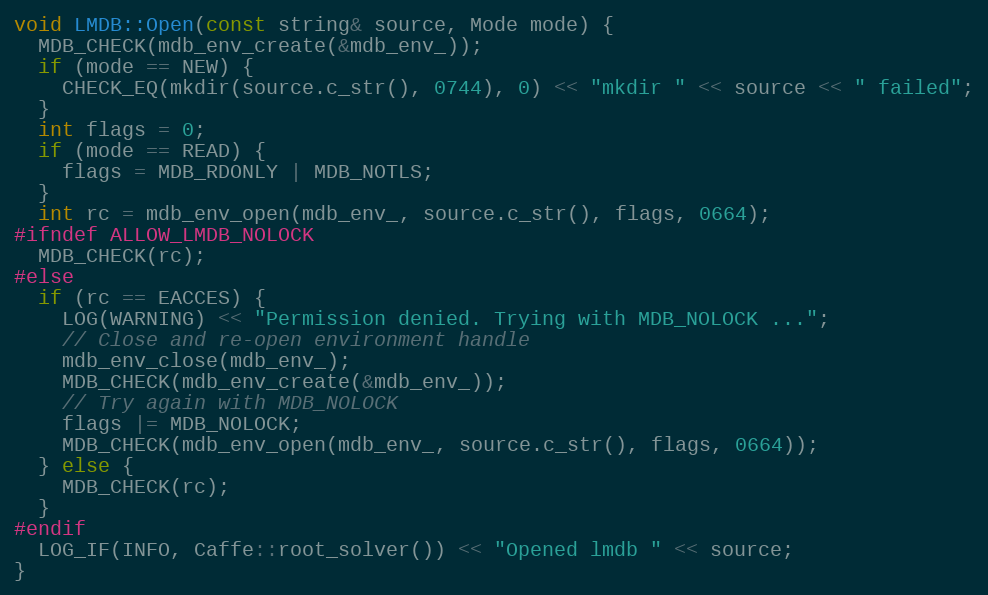
Language: C++
void LMDB::Open(const string& source, Mode mode) {
  MDB_CHECK(mdb_env_create(&mdb_env_));
  if (mode == NEW) {
    CHECK_EQ(mkdir(source.c_str(), 0744), 0) << "mkdir " << source << " failed";
  }
  int flags = 0;
  if (mode == READ) {
    flags = MDB_RDONLY | MDB_NOTLS;
  }
  int rc = mdb_env_open(mdb_env_, source.c_str(), flags, 0664);
#ifndef ALLOW_LMDB_NOLOCK
  MDB_CHECK(rc);
#else
  if (rc == EACCES) {
    LOG(WARNING) << "Permission denied. Trying with MDB_NOLOCK ...";
    // Close and re-open environment handle
    mdb_env_close(mdb_env_);
    MDB_CHECK(mdb_env_create(&mdb_env_));
    // Try again with MDB_NOLOCK
    flags |= MDB_NOLOCK;
    MDB_CHECK(mdb_env_open(mdb_env_, source.c_str(), flags, 0664));
  } else {
    MDB_CHECK(rc);
  }
#endif
  LOG_IF(INFO, Caffe::root_solver()) << "Opened lmdb " << source;
}